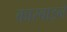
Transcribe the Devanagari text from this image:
कारबाइनें